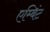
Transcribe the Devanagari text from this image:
एम्बिंट